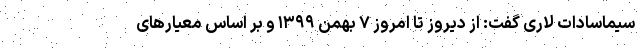
سیماسادات لاری گفت: از دیروز تا امروز ۷ بهمن ۱۳۹۹ و بر اساس معیارهای